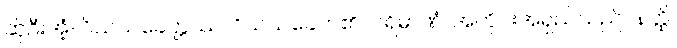
ဆိုဦးအံ့။ ဝိသယခေတ္တဿ၊ ဝိသယခေတ်၏။ ပရိမာဏံ၊ အတိုင်းအရှည်သည်။ နတ္ထိ၊